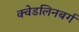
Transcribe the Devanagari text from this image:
क्वेडलिनबर्ग